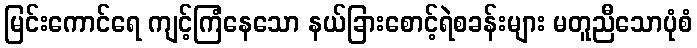
မြင်းကောင်ရေ ကျင့်ကြံနေသော နယ်ခြားစောင့်ရဲစခန်းများ မတူညီသောပုံစံ